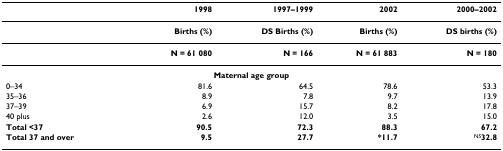
|  | 1998 | 1997–1999 | 2002 | 2000–2002 |
 | --- | --- | --- | --- | --- |
 |  | Births (%) | DS Births (%) | Births (%) | DS births (%) |
 |  | N = 61 080 | N = 166 | N = 61 883 | N = 180 |
 | <COLSPAN=5> Maternal age group |
 | 0–34 | 81.6 | 64.5 | 78.6 | 53.3 |
 | 35–36 | 8.9 | 7.8 | 9.7 | 13.9 |
 | 37–39 | 6.9 | 15.7 | 8.2 | 17.8 |
 | 40 plus | 2.6 | 12.0 | 3.5 | 15.0 |
 | Total <37 | 90.5 | 72.3 | 88.3 | 67.2 |
 | Total 37 and over | 9.5 | 27.7 | *11.7 | NS32.8 |